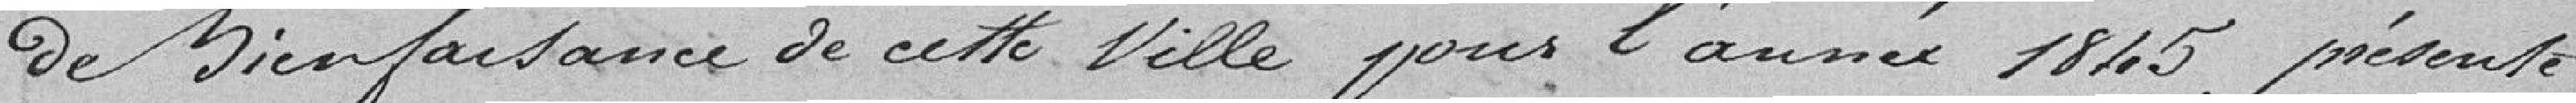
de bienfaisance de cette ville pour l'année 1845, présente